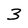
Character: 3